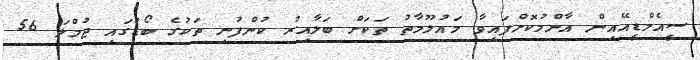
ސީއެމްޑީއޭއިން އާންމުކޮށްފައިވާ މައުލޫމާތު ތަކަށް ބަލާއިރު ކުންފުނި ތަކުގެ ބޯޑުގައި ޖުމްލަ 56